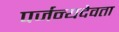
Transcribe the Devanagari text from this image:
पर्जन्यदेवता